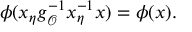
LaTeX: \phi ( x _ { \eta } g _ { \mathcal { O } } ^ { - 1 } x _ { \eta } ^ { - 1 } x ) = \phi ( x ) .